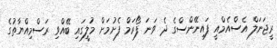
ރީޖަނަލް އެސްއެމްއީ ފައިނޭންސްގެ ދެ ވަނަ ފޯރަމް ފެށުމަށް މުލީގައި ބޭއްވި ރަސްމިއްޔާތުގެ